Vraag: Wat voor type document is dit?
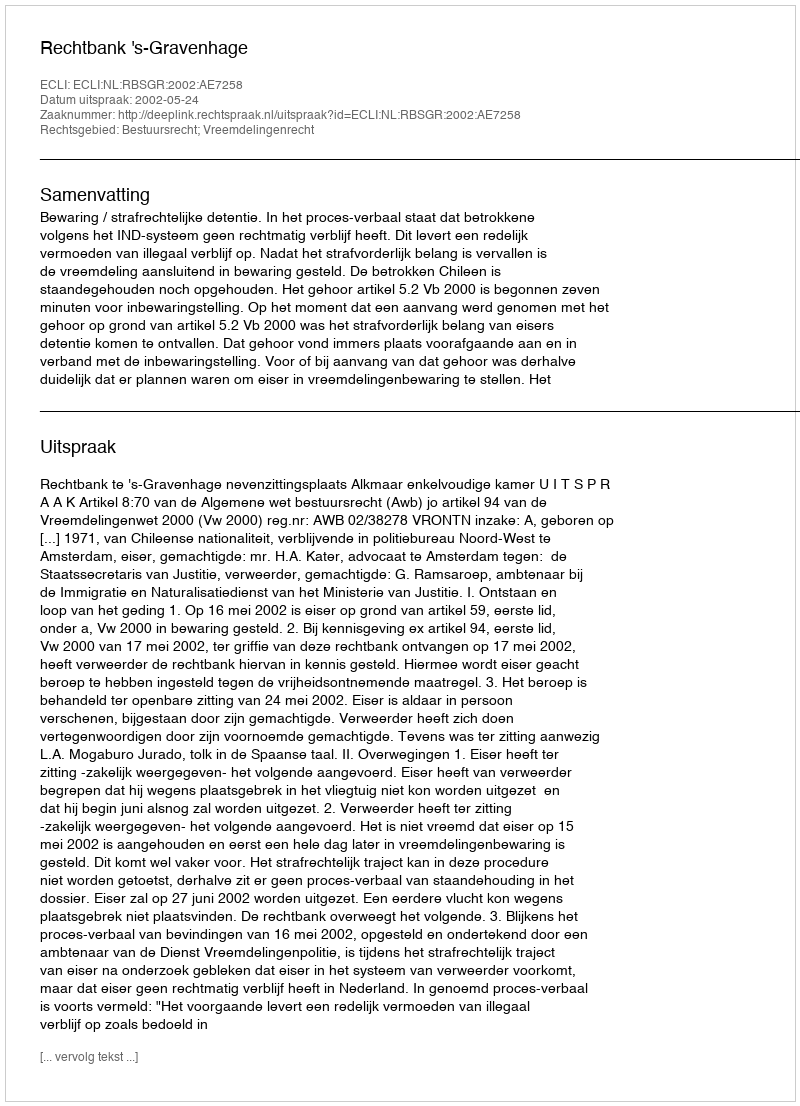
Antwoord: Uitspraak